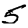
Digit: 5